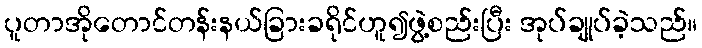
ပူတာအိုတောင်တန်းနယ်ခြားခရိုင်ဟူ၍ဖွဲ့စည်းပြီး အုပ်ချုပ်ခဲ့သည်။